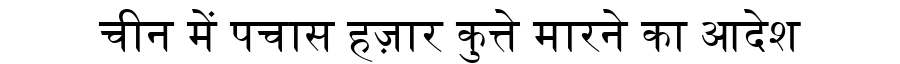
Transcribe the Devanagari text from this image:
चीन में पचास हज़ार कुत्ते मारने का आदेश